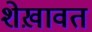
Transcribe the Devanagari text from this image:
शेख़ावत